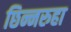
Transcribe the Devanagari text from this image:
छिन्नरुहा